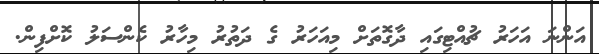
އަންނަ އަހަރު ޗުއްޓިގައި ދާގޮތަށް މިއަހަރު ގެ ދަތުރު މިހާރު ކެންސަލު ކޮށްފިން.